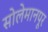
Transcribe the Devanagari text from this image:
सोलेमानपूर